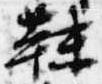
靺